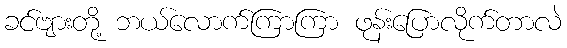
ခင်ဗျားတို့ ဘယ်လောက်ကြာကြာ ဖုန်းပြောလိုက်တာလဲ